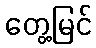
တွေ့မြင်